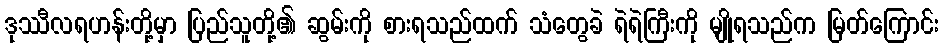
ဒုဿီလရဟန်းတို့မှာ ပြည်သူတို့၏ ဆွမ်းကို စားရသည်ထက် သံတွေခဲ ရဲရဲကြီးကို မျိုရသည်က မြတ်ကြောင်း